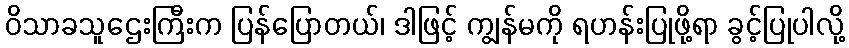
ဝိသာခသူဌေးကြီးက ပြန်ပြောတယ်၊ ဒါဖြင့် ကျွန်မကို ရဟန်းပြုဖို့ရာ ခွင့်ပြုပါလို့